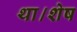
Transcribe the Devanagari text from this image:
था।शेष